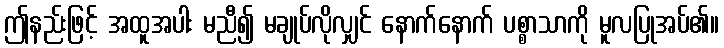
ဤနည်းဖြင့် အထူအပါး မညီ၍ မချုပ်လိုလျှင် နောက်နောက် ပစ္စာသာကို မူလပြုအပ်၏။